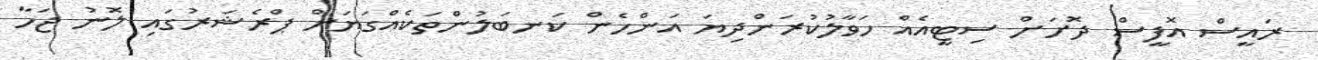
ރައީސް އޮފީސް ދޮށަށް ސިޓީއެއް ހަވާލުކުރަންދިޔަ އަންހެން ކަނބަލުންތަކެއްގަޔަށް ޕްރެޝަރުގައި ލޮނު ޖަހާ